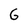
Character: G